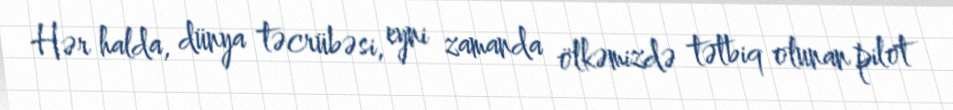
Hər halda, dünya təcrübəsi, eyni zamanda ölkəmizdə tətbiq olunan pilot